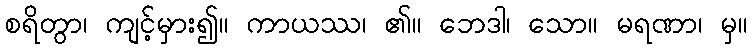
စရိတွာ၊ ကျင့်မှား၍။ ကာယဿ၊ ၏။ ဘေဒါ၊ သော။ မရဏာ၊ မှ။